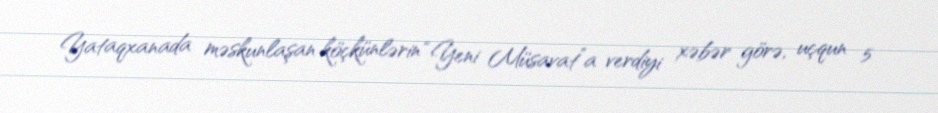
Yataqxanada məskunlaşan köçkünlərin “Yeni Müsavat”a verdiyi xəbər görə, uçqun 5